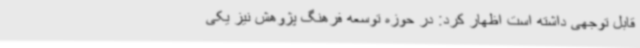
قابل توجهی داشته است اظهار کرد: در حوزه توسعه فرهنگ پژوهش نیز یکی